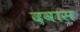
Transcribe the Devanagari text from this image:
दवास